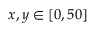
x , y \in [ 0 , 5 0 ]